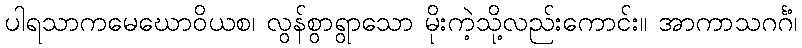
ပါရသာကမေဃောဝိယစ၊ လွန်စွာရွာသော မိုးကဲ့သို့လည်းကောင်း။ အာကာသဂင်္ဂံ၊